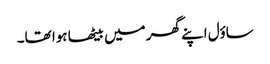
ساؤل اپنے گھر میں بیٹھا ہوا تھا۔